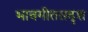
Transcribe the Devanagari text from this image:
भावगीतसदृश